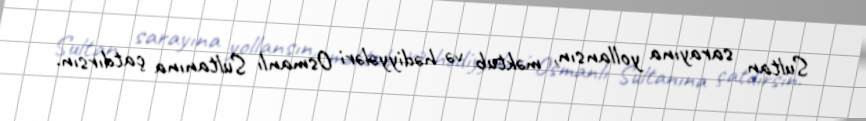
Sultan sarayına yollansın, məktub və hədiyyələri Osmanlı Sultanına çatdırsın.